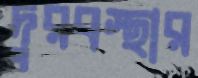
দুরবস্থার